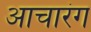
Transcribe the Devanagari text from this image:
आचारंग